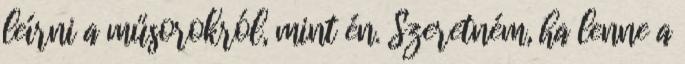
leírni a műsorokról, mint én. Szeretném, ha lenne a